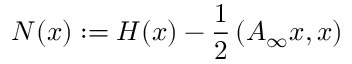
N ( x ) : = H ( x ) - \frac { 1 } { 2 } \left( A _ { \infty } x , x \right)